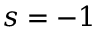
s = - 1